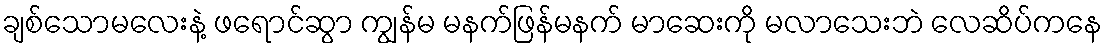
ချစ်သောမလေးနဲ့ ဖရောင်ဆွာ ကျွန်မ မနက်ဖြန်မနက် မာဆေးကို မလာသေးဘဲ လေဆိပ်ကနေ